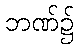
ဘဏ်၌